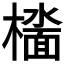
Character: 𫞑